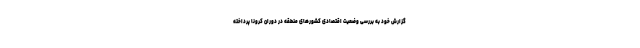
گزارش خود به بررسی وضعیت اقتصادی کشورهای منطقه در دوران کرونا پرداخته